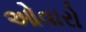
ઓવારો